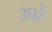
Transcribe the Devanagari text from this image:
उघरें